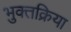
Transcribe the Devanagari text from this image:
भुक्तक्रिया